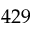
4 2 9